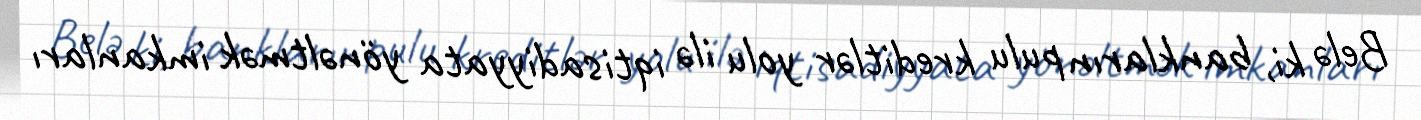
Belə ki, bankların pulu kreditlər yolu ilə iqtisadiyyata yönəltmək imkanları